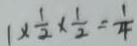
1 \times \frac { 1 } { 2 } \times \frac { 1 } { 2 } = \frac { 1 } { 4 }